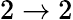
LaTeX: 2\rightarrow 2